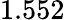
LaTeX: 1.552